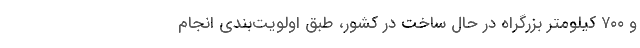
و ۷۰۰ کیلومتر بزرگراه در حال ساخت در کشور، طبق اولویت‌بندی انجام